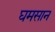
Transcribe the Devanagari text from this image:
घमसान